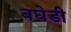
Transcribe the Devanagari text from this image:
बघेडी